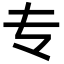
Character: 专